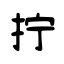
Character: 拧